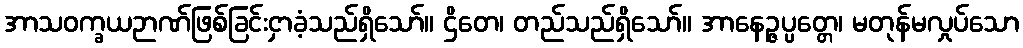
အာသဝက္ခယဉာဏ်ဖြစ်ခြင်းငှာခံ့သည်ရှိသော်။ ဌိတေ၊ တည်သည်ရှိသော်။ အာနေဉ္ဇပ္ပတ္တေ၊ မတုန်မလှုပ်သော